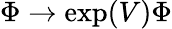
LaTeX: \Phi\rightarrow\exp(V)\Phi